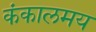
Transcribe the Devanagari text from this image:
कंकालमय